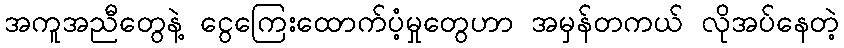
အကူအညီတွေနဲ့ ငွေကြေးထောက်ပံ့မှုတွေဟာ အမှန်တကယ် လိုအပ်နေတဲ့